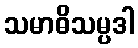
သမာဓိသမ္ပဒါ